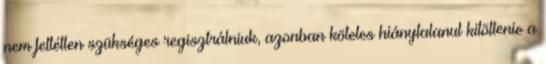
nem feltétlen szükséges regisztrálniuk, azonban köteles hiánytalanul kitöltenie a